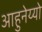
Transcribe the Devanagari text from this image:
आहुनेय्यो